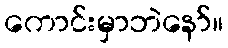
ကောင်းမှာဘဲနော်။